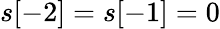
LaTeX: s[-2]=s[-1]=0